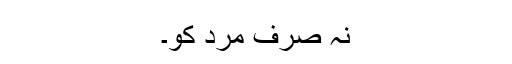
نہ صرف مَرد کو۔